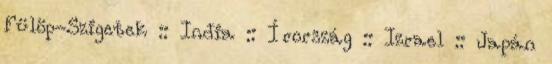
Fülöp-Szigetek :: India :: Írország :: Izrael :: Japán